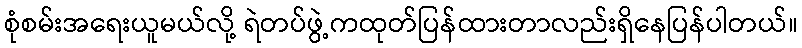
စုံစမ်းအရေးယူမယ်လို့ ရဲတပ်ဖွဲ့ကထုတ်ပြန်ထားတာလည်းရှိနေပြန်ပါတယ်။